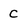
Character: C